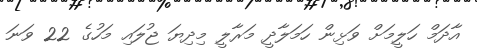
އާދަމް ހަލީމަށް ވަޅިން ހަމަލާދީ މަރާލީ މިދިޔަ ޖުލައި މަހުގެ 22 ވަނަ